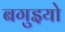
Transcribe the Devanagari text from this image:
बगुइयो